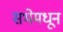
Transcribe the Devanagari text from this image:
सभेमधून